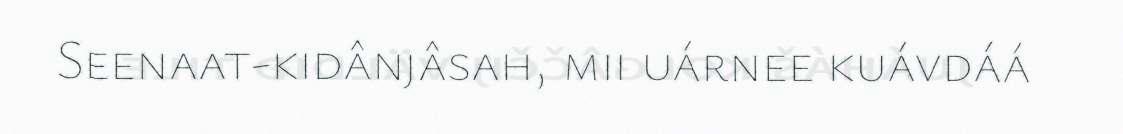
Seenaat-kidânjâsah, mii uárnee kuávdáá